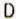
D